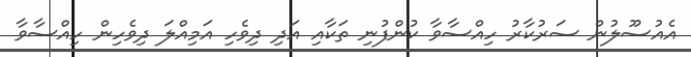
އެއުސޫލުން ސަރުކާރު ހިއްސާވާ ކުންފުނި ތަކާއި އަދި ދިވެހި އަމިއްލަ ދިވެހިން ހިއްސާވާ